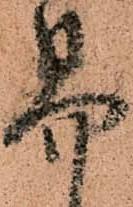
易